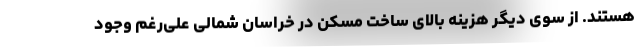
هستند. از سوی دیگر هزینه بالای ساخت مسکن در خراسان شمالی علی‌رغم وجود